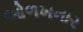
ઓળખનાર